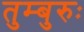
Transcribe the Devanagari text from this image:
तुम्बुरुः